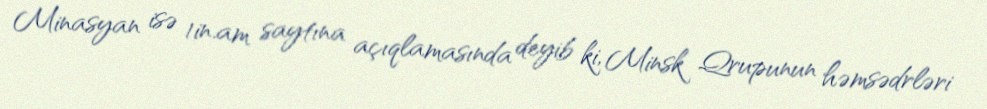
Minasyan isə 1in.am saytına açıqlamasında deyib ki, Minsk Qrupunun həmsədrləri